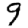
Digit: 9